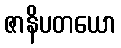
ဇာနိပတယော